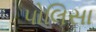
પોલિસા